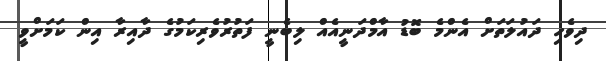
ދިވެހި ދައުލަތަށް އެންމެ ބޮޑު އާމްދަނީއެއް ލިބެނީ ފަތުރުވެރިކަމުގެ ދާއިރާ އިން ކަމަށްވީ